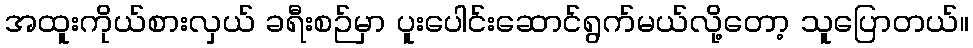
အထူးကိုယ်စားလှယ် ခရီးစဉ်မှာ ပူးပေါင်းဆောင်ရွက်မယ်လို့တော့ သူပြောတယ်။